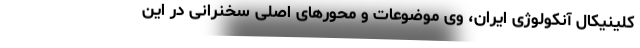
کلینیکال آنکولوژی ایران، وی موضوعات و محورهای اصلی سخنرانی در این